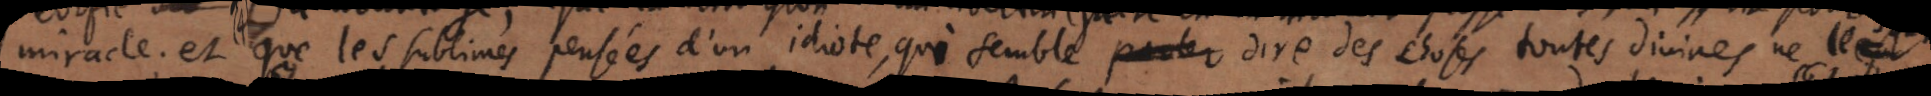
miracle; et (4) que les sublimes pensées d’un idiote, qui semble parler dire des choses toutes divines ne le